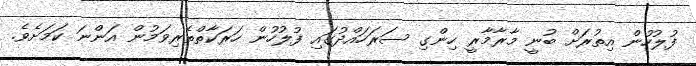
ފުލުހުން އިތުރަށް ބުނީ މާރާމާރީ ހިންގި ސަރަހައްދުގައި ފުލުހުން ހަރަކާތްތެރިވަމުން އަންނަ ކަމަށެވެ.